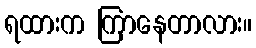
ရထားက ကြာနေတာလား။